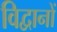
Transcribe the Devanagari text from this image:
विद्वानों